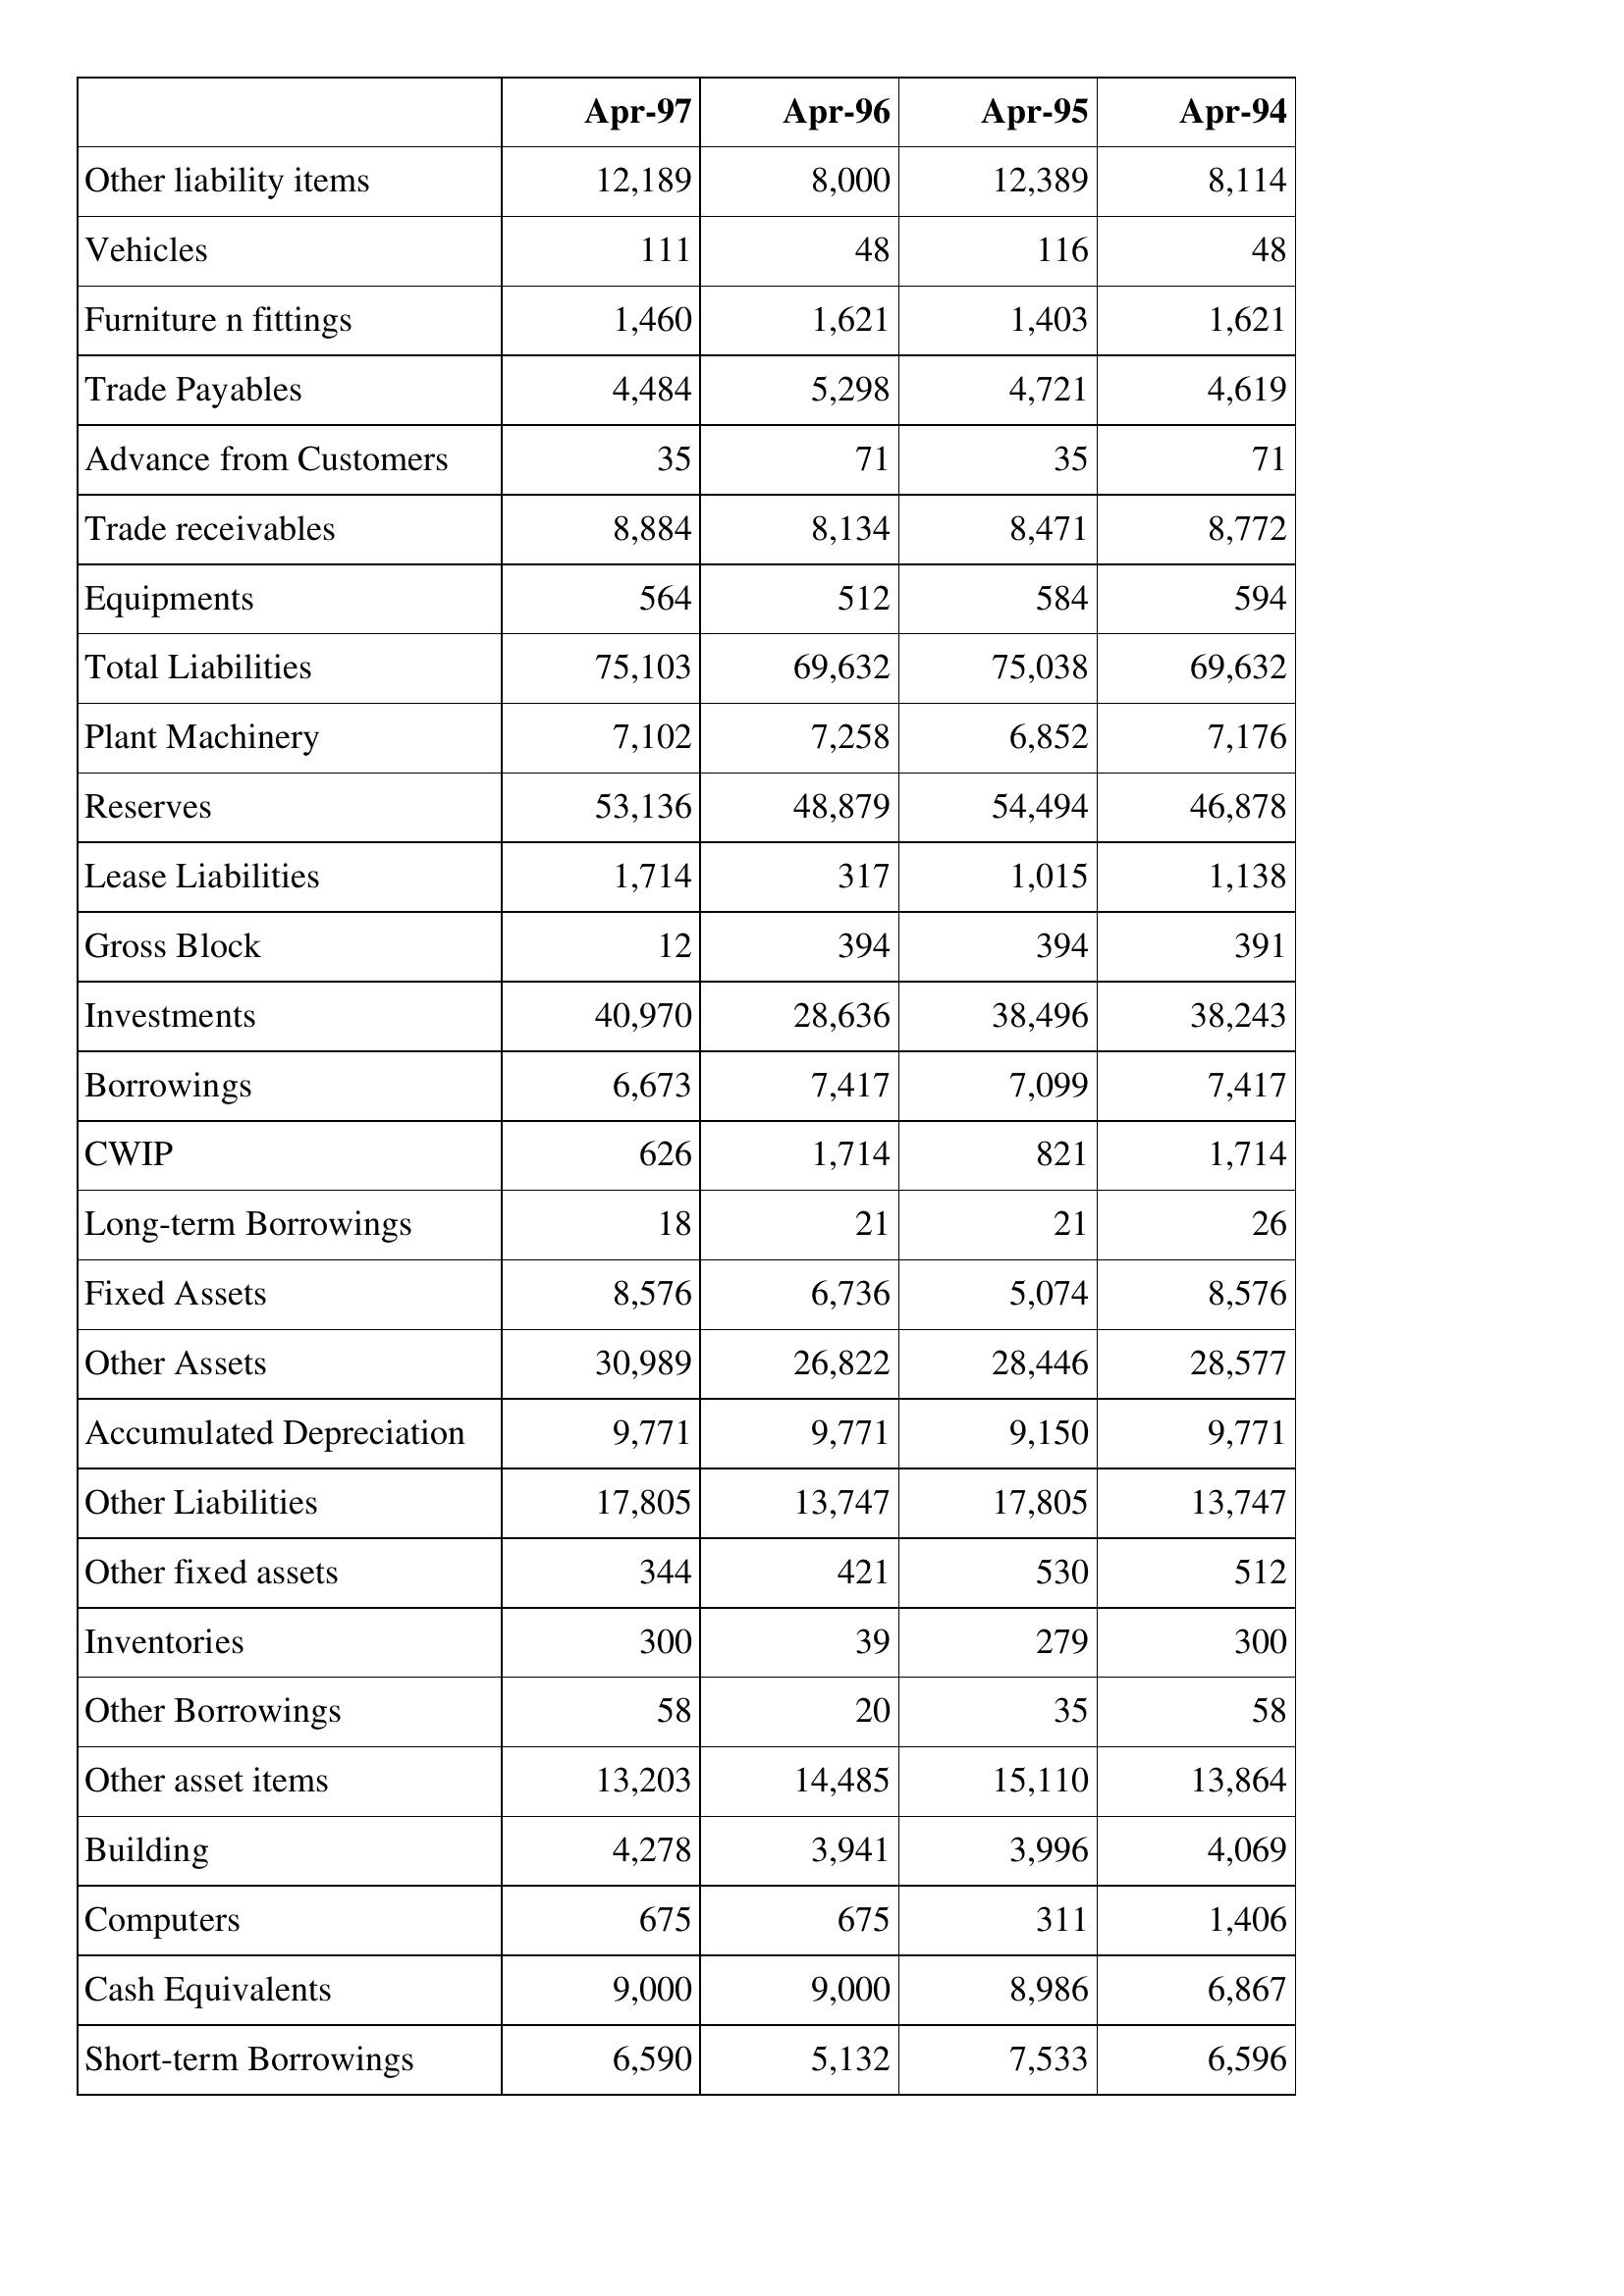
Apr-97: Balance Sheet: Other liability items: 12,189
Vehicles: 111
Furniture n fittings: 1,460
Trade Payables: 4,484
Advance from Customers: 35
Trade receivables: 8,884
Equipments: 564
Total Liabilities: 75,103
Plant Machinery: 7,102
Reserves: 53,136
Lease Liabilities: 1,714
Gross Block: 12
Investments: 40,970
Borrowings: 6,673
CWIP: 626
Long-term Borrowings: 18
Fixed Assets: 8,576
Other Assets: 30,989
Accumulated Depreciation: 9,771
Other Liabilities: 17,805
Other fixed assets: 344
Inventories: 300
Other Borrowings: 58
Other asset items: 13,203
Building: 4,278
Computers: 675
Cash Equivalents: 9,000
Short-term Borrowings: 6,590
Apr-96: Balance Sheet: Other liability items: 8,000
Vehicles: 48
Furniture n fittings: 1,621
Trade Payables: 5,298
Advance from Customers: 71
Trade receivables: 8,134
Equipments: 512
Total Liabilities: 69,632
Plant Machinery: 7,258
Reserves: 48,879
Lease Liabilities: 317
Gross Block: 394
Investments: 28,636
Borrowings: 7,417
CWIP: 1,714
Long-term Borrowings: 21
Fixed Assets: 6,736
Other Assets: 26,822
Accumulated Depreciation: 9,771
Other Liabilities: 13,747
Other fixed assets: 421
Inventories: 39
Other Borrowings: 20
Other asset items: 14,485
Building: 3,941
Computers: 675
Cash Equivalents: 9,000
Short-term Borrowings: 5,132
Apr-95: Balance Sheet: Other liability items: 12,389
Vehicles: 116
Furniture n fittings: 1,403
Trade Payables: 4,721
Advance from Customers: 35
Trade receivables: 8,471
Equipments: 584
Total Liabilities: 75,038
Plant Machinery: 6,852
Reserves: 54,494
Lease Liabilities: 1,015
Gross Block: 394
Investments: 38,496
Borrowings: 7,099
CWIP: 821
Long-term Borrowings: 21
Fixed Assets: 5,074
Other Assets: 28,446
Accumulated Depreciation: 9,150
Other Liabilities: 17,805
Other fixed assets: 530
Inventories: 279
Other Borrowings: 35
Other asset items: 15,110
Building: 3,996
Computers: 311
Cash Equivalents: 8,986
Short-term Borrowings: 7,533
Apr-94: Balance Sheet: Other liability items: 8,114
Vehicles: 48
Furniture n fittings: 1,621
Trade Payables: 4,619
Advance from Customers: 71
Trade receivables: 8,772
Equipments: 594
Total Liabilities: 69,632
Plant Machinery: 7,176
Reserves: 46,878
Lease Liabilities: 1,138
Gross Block: 391
Investments: 38,243
Borrowings: 7,417
CWIP: 1,714
Long-term Borrowings: 26
Fixed Assets: 8,576
Other Assets: 28,577
Accumulated Depreciation: 9,771
Other Liabilities: 13,747
Other fixed assets: 512
Inventories: 300
Other Borrowings: 58
Other asset items: 13,864
Building: 4,069
Computers: 1,406
Cash Equivalents: 6,867
Short-term Borrowings: 6,596